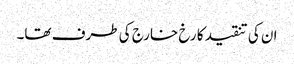
ان کی تنقید کا رخ خارج کی طرف تھا۔